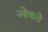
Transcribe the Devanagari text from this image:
ओकते